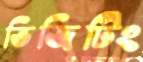
ভিজিটিং